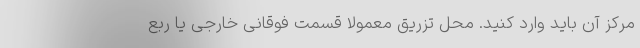
مرکز آن باید وارد کنید. محل تزریق معمولا قسمت فوقانی خارجی یا ربع